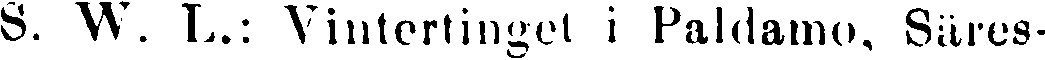
S. W. L.: Vintertinget i Paldamo, Säres-